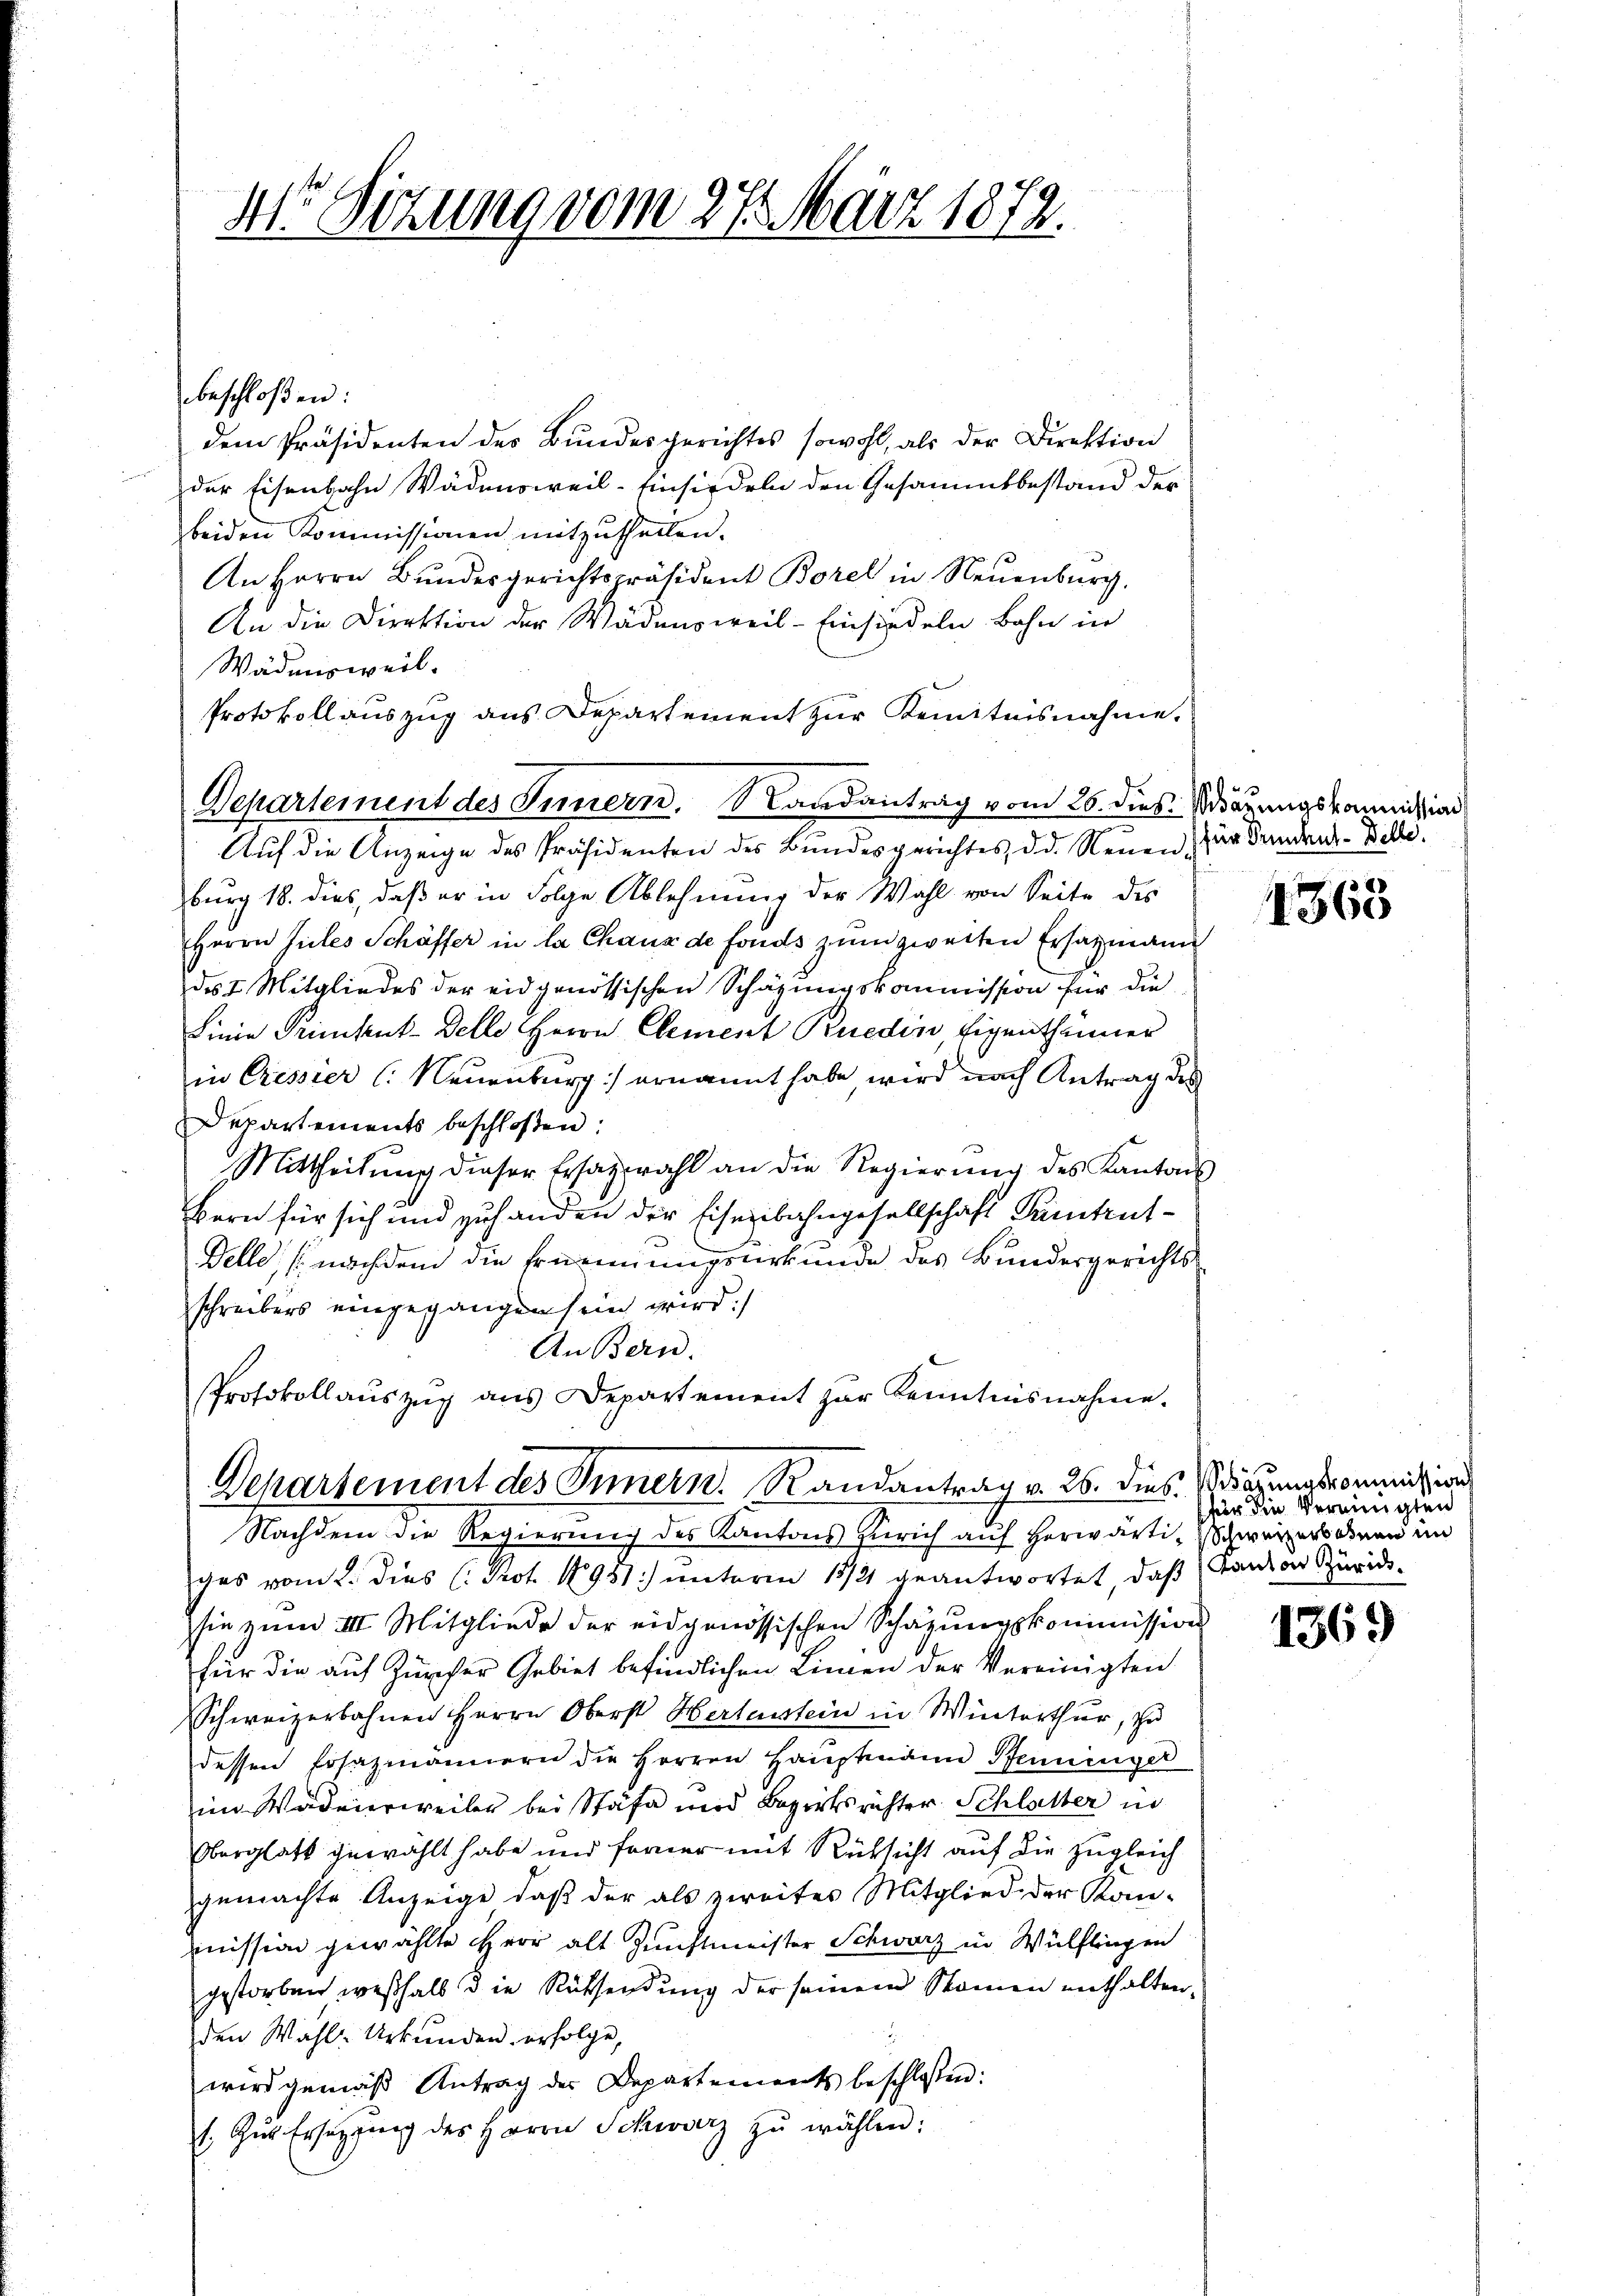
4r Sitzung vom 27. März 1872.

beschloßen:

dem Präsidenten des Bundesgerichtes sowohl, als der Direktion
der Eisenbahn Wädensweil–Einsiedeln den Gesammtbestand der
beiden Kommissionen mitzutheilen.
An Herrn Bundesgerichtspräsident Borel in Neuenburg.
An die Direktion der Wädensweil–Einsiedeln, Bahn in
Wädensweil.
Protokollauszug aus Departement zur Kenntnisnahme.
Departement des Innern, Randantrag vom 26. dieß. Wärungskommissan
Auf die Anzeige des Präsidenten des Bundesgerichtes, d. d. Neuen, zur Sandrech-Belle.
burg 18. dies, daß er in Folge Ablehnung der Wahl von Seite des
Herrn Gutes Schäffer in la Chaus de fonds zum zweiten Ersatzmann
des I. Mitgliedes der eidgenössischen Schäzungskommission für die
Linie Primkut-Delle Herrn Element Ruedin Eigenthümer
in Cressier (: Neuenburg) ernannt habe wird nach Antrag des
Departements beschloßen:
Mittheilŭng dieser Ersatzwahl an die Regierŭng des Kantons
Bern für sich und zuhanden der Eisenbahngesellschaft Tuntrut¬
Delle, (nachdem die Erinnungsurkunde des Bundesgerichtsschreibers eingegangen sein wird:/
An Bern.
Protokollauszug aus Departement zur Kenntnisnahme.

Departement des Innern. Randantrag v. 26. dies dazungskommission

Nachdem die Regierung des Kantons Zürich auf herwärti, Schweizersonen in
ges vom 2. dies (Prot. 18951) unterm 13/21 geantwortet, daß (Tanton Züric
sie zum III. Mitgliede der eidgenössischen Schatzŭngskommission
für die auf Zürcher Gebiet befindlichen Linien der Vereinigten
Schweizerbahnen Herrn Oberst Hertenstein in Winterthur, so
dessen Ersazmännern die Herren Hauptmann Pfenninger
im Wadeierweiler bei Stäfa und Bezirksrichter Schlatter in
Oberglatt gewählt habe und ferner mit Rücksicht auf die zugleich
gemachte Anzeige, daβ der als zweites Mitglied der Kon-
mission gewählte Herr alt Zunftmeister Schwarz in Wülflingen
gestorben, weßhalb die Rücksendung der seinem Namen enthalten.
den Wahl-Urkunden erfolge,
wird gemäß Antrag des Departements beschlossen:
1. Zŭr Ersetzung des Herrn Schwarz zŭ wählen:

1363

(für die Vereinigten

1369